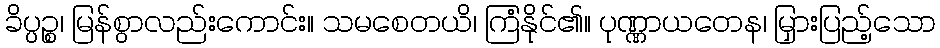
ခိပ္ပဉ္စ၊ မြန်စွာလည်းကောင်း။ သမစေတယိ၊ ကြံနိုင်၏။ ပုဏ္ဏာယတေန၊ မြှားပြည့်သော